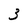
Character: 3